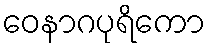
ဝေနာဂပုရိကော